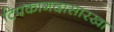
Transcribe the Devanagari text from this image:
टिपकागदासारखा